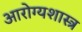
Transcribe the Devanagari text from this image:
आरोग्यशास्त्र